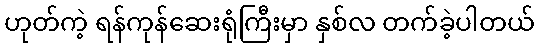
ဟုတ်ကဲ့ ရန်ကုန်ဆေးရုံကြီးမှာ နှစ်လ တက်ခဲ့ပါတယ်